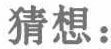
猜想：